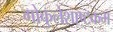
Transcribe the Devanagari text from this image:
गोकुलेशाष्टकम